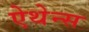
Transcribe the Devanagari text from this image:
ऐथेन्स